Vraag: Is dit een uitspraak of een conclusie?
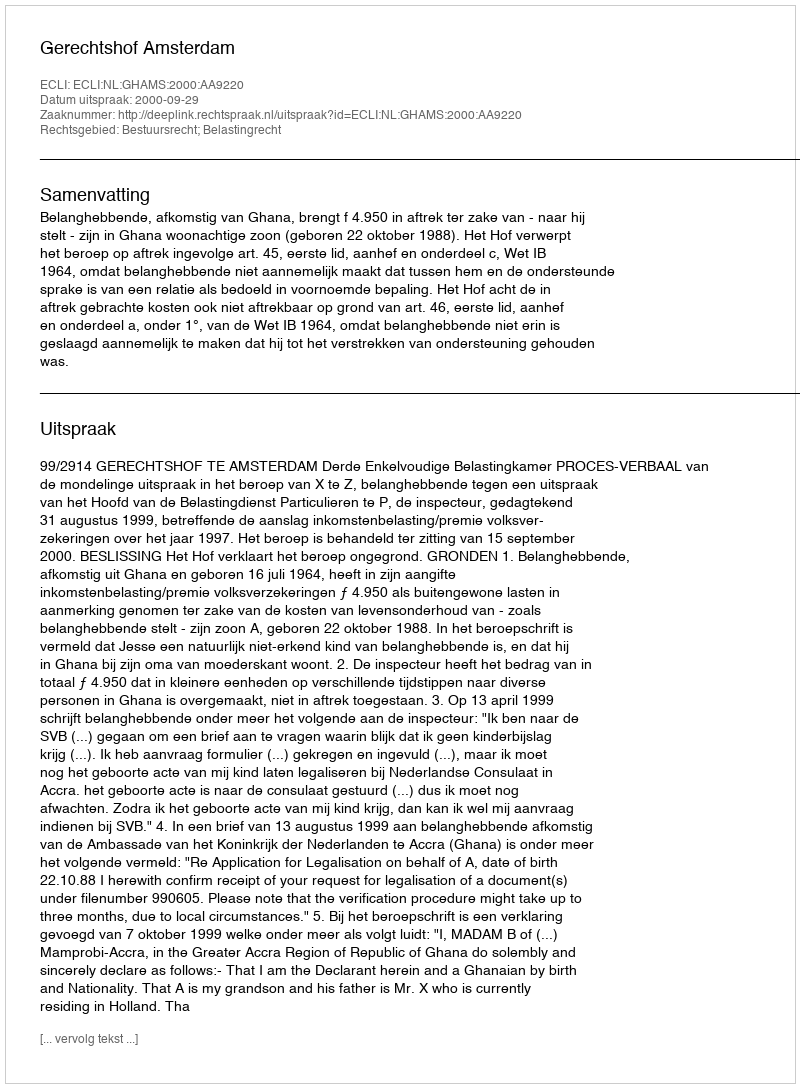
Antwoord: Uitspraak